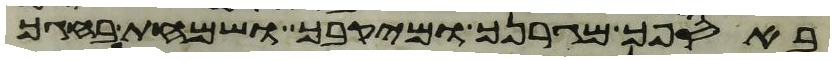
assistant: באספך מגרנך ומיקבך ושמחת בחגך